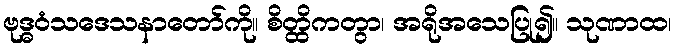
ဗုဒ္ဓဝံသဒေသနာတော်ကို။ စိတ္ထိကတွာ၊ အရိုအသေပြု၍။ သုဏာထ၊